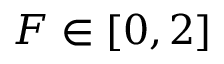
F \in [ 0 , 2 ]